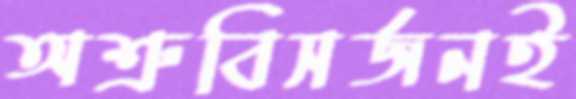
অশ্রুবিসর্জনই